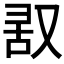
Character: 𪠬